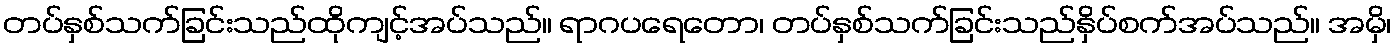
တပ်နှစ်သက်ခြင်းသည်ထိုကျင့်အပ်သည်။ ရာဂပရေတော၊ တပ်နှစ်သက်ခြင်းသည်နှိပ်စက်အပ်သည်။ အမှိ၊